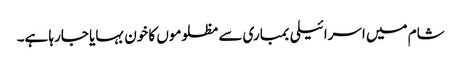
شام میں اسرائیلی بمباری سے مظلوموں کا خون بہایا جارہا ہے۔